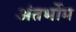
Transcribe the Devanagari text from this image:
अंतर्भोम